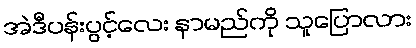
အဲဒီပန်းပွင့်လေး နာမည်ကို သူပြောလား